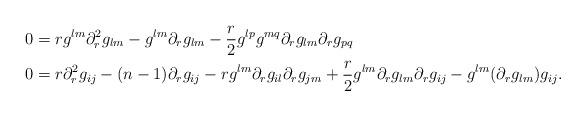
LaTeX: \begin{align*}0 & = rg^{lm}\partial_r^2g_{lm} - g^{lm}\partial_r g_{lm} - \frac{r}{2}g^{lp}g^{mq}\partial_r g_{lm}\partial_r g_{pq} \\0 & = r\partial_r^2g_{ij} - (n-1)\partial_rg_{ij} - rg^{lm}\partial_rg_{il}\partial_rg_{jm} + \frac{r}{2}g^{lm}\partial_rg_{lm}\partial_rg_{ij} - g^{lm}(\partial_rg_{lm})g_{ij} .\end{align*}